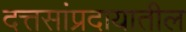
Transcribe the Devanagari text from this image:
दत्तसांप्रदायातील